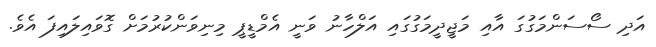
އަދި ސޯސަންމަގުގަ އާއި މަޖީދީމަގުގައި އަލްހާނު ވަނީ އެމްޑީޕީ މިނިވަންކުރުމަށް ގޮވައިލައިފަ އެވެ.